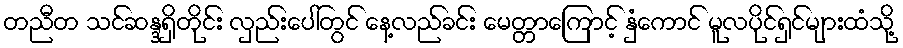
တညီတ သင်ဆန္ဒရှိတိုင်း လှည်းပေါ်တွင် နေ့လည်ခင်း မေတ္တာကြောင့် နှံကောင် မူလပိုင်ရှင်များထံသို့